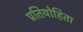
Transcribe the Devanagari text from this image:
प्रतियोहिता